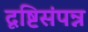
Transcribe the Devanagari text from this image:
दृष्टिसंपन्न